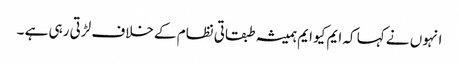
انہوں نے کہا کہ ایم کیو ایم ہمیشہ طبقاتی نظام کے خلاف لڑتی رہی ہے ۔